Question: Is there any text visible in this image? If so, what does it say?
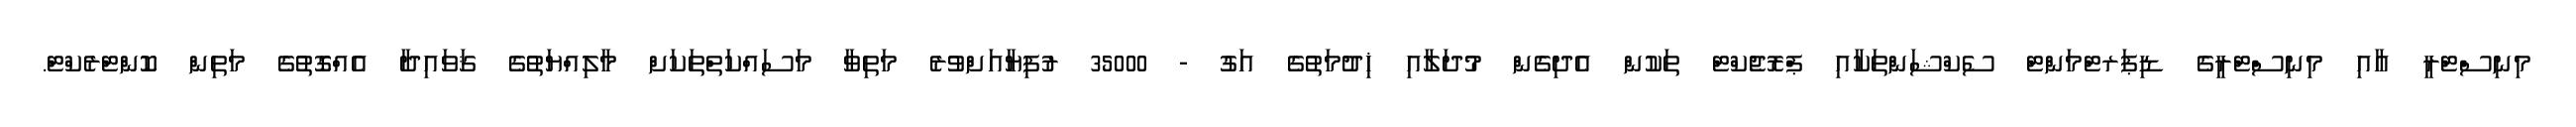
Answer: މިނިސްޓްރީ އާއި މިނިސްޓްރީގެ ޑިޕަރޓްމަންޓް ސެކްޝަންތަކާއި ޕްރޮޖެކްޓް ތަކުން އެދިގެން މުދަލާއި ޚިދުމަތުގެ އަގު - 35000 ރުފިޔާއަށްވުރެ މަތިވާ މަސައްކަތްތަކަށް މާލިއްޔަތުގެ ޤަވައިދާ އެއްގޮތުގެ މަތިން ކޮންޓްރެކްޓް.